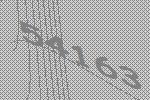
54163